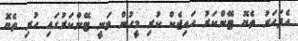
އެފަހަރު ތެޔޮ ޓޭންކަރު ހައިޖެކް ކުރި މީހުން ވަނީ ޓޭންކަރުގައި ހުރި ތެޔޮ